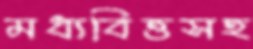
মধ্যবিত্তসহ